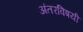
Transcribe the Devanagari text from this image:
अंतरविषयी